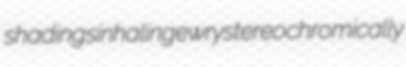
shadings inhaling ewry stereochromically